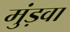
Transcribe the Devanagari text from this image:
मुंड़वा